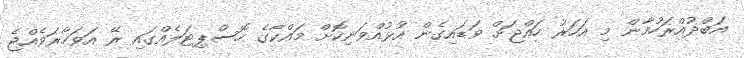
އަބްދުއްރަހުމާން މި އަހަރު ހައްޖަށް ވަޑައިގެން އުޅުއްވަނިކޮށް މައްކާގެ ހޮސްޕިޓަލެއްގައި ރޭ އަވަހާރަވެއްޖެ